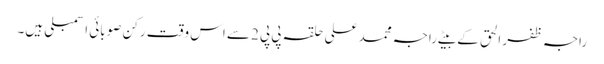
راجہ ظفر الحق کے بیٹے راجہ محمد علی حلقہ پی پی 2سے اس وقت رکن صوبائی اسمبلی ہیں۔